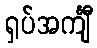
ရှပ်အင်္ကျီ